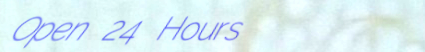
Open 24 Hours